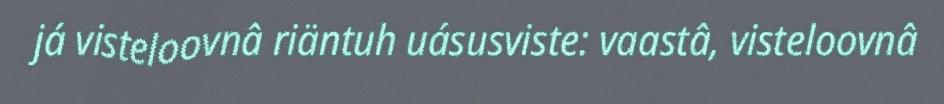
já visteloovnâ riäntuh uásusviste: vaastâ, visteloovnâ